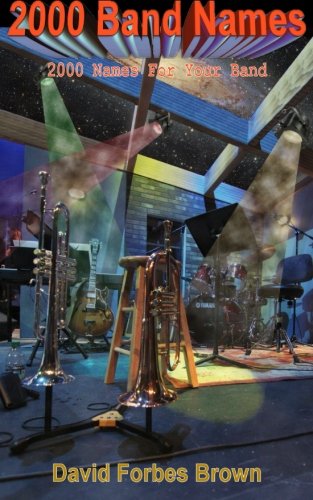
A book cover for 2000 Band Names; David Forbes Brown; Humor & Entertainment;